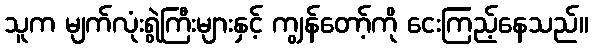
သူက မျက်လုံးရွဲကြီးများနှင့် ကျွန်တော့်ကို ငေးကြည့်နေသည်။